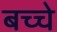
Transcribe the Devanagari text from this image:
बच्चे